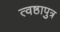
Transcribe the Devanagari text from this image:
त्वष्ठापुत्र